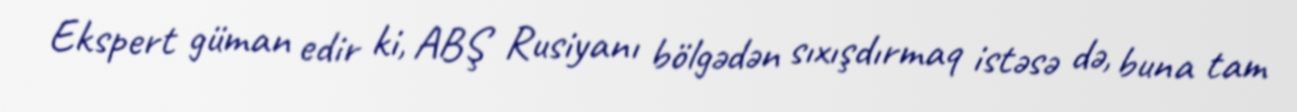
Ekspert güman edir ki, ABŞ Rusiyanı bölgədən sıxışdırmaq istəsə də, buna tam